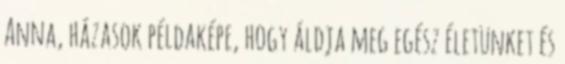
Anna, házasok példaképe, hogy áldja meg egész életünket és